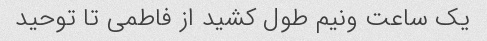
یک ساعت ونیم طول کشید از فاطمی تا توحید